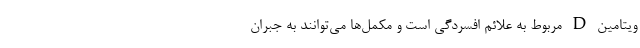
ویتامین D مربوط به علائم افسردگی است و مکمل‌ها می‌توانند به جبران